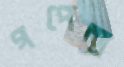
গপেন্দ্র